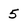
Character: 5